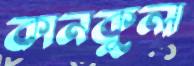
কানকুলা